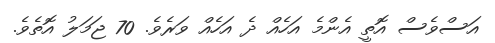
އަސްވެސް އޮތީ އެންމެ އަހެއް ދެ އަހެއް ވަރެވެ. 70 ޖަމަލު އޮތެވެ.